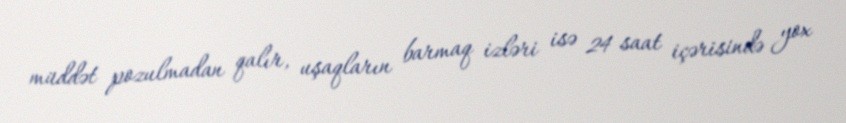
müddət pozulmadan qalır, uşaqların barmaq izləri isə 24 saat içərisində yox